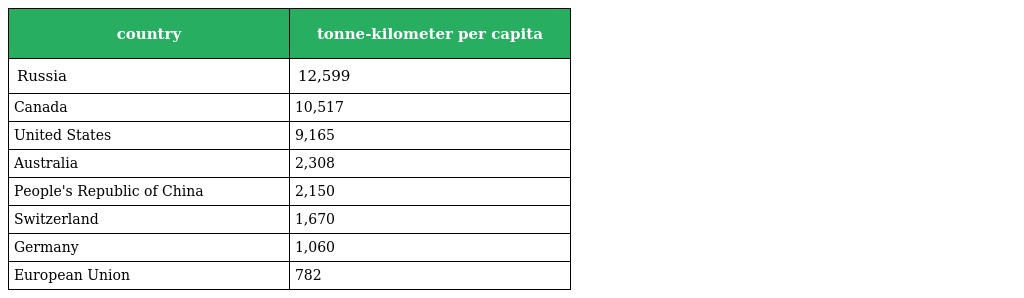
| country | tonne-kilometer per capita |
 | --- | --- |
 | Russia | 12,599 |
 | Canada | 10,517 |
 | United States | 9,165 |
 | Australia | 2,308 |
 | People's Republic of China | 2,150 |
 | Switzerland | 1,670 |
 | Germany | 1,060 |
 | European Union | 782 |